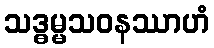
သဒ္ဓမ္မသဝနဿာဟံ